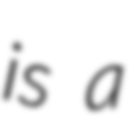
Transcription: is a